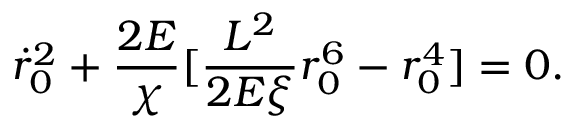
{ \dot { r } _ { 0 } } ^ { 2 } + { \frac { 2 { \cal E } } { \chi } } [ { \frac { { \cal L } ^ { 2 } } { 2 { \cal E } \xi } } r _ { 0 } ^ { 6 } - r _ { 0 } ^ { 4 } ] = 0 .